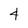
Character: 4